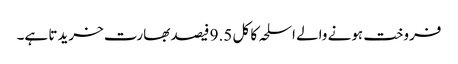
فروخت ہونے والے اسلحہ کا کل 9.5 فیصد بھارت خریدتا ہے۔